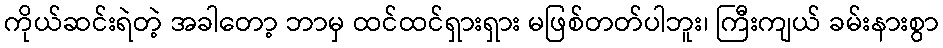
ကိုယ်ဆင်းရဲတဲ့ အခါတော့ ဘာမှ ထင်ထင်ရှားရှား မဖြစ်တတ်ပါဘူး၊ ကြီးကျယ် ခမ်းနားစွာ